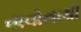
વાવોનાથી